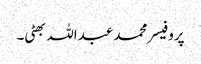
پروفیسر محمد عبداللہ بھٹی۔